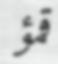
قمؤ